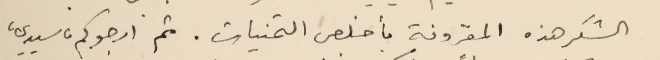
الشكر هذه المقرونة بأخلص التمنيات. ثم ارجوكم ، سيدي،